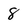
Character: 8